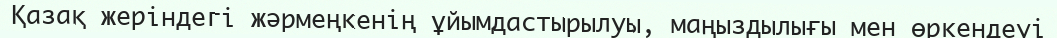
Қазақ жеріндегі жәрмеңкенің ұйымдастырылуы, маңыздылығы мен өркендеуі